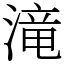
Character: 滝